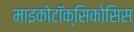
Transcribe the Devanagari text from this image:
माइकोटॉक्सिकोसिस